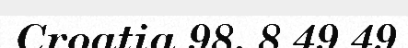
Croatia 98. 8 49 49